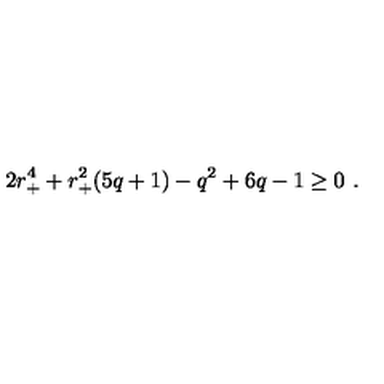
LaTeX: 2 r _ { + } ^ { 4 } + r _ { + } ^ { 2 } ( 5 q + 1 ) - q ^ { 2 } + 6 q - 1 \ge 0 \ .